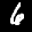
Label: 6